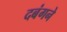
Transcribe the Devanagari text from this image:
दबंगने